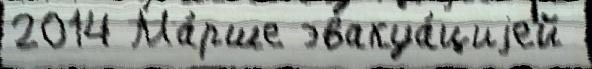
2014 Ма́рше эвакуа́циjей